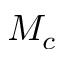
M _ { c }